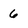
Character: 6